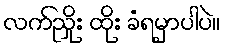
လက်ညှိုး ထိုး ခံရမှာပါပဲ။